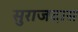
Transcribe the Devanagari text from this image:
सुराजदास